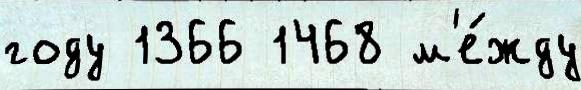
году 1366 1468 м'е́жду